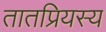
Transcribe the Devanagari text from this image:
तातप्रियस्य